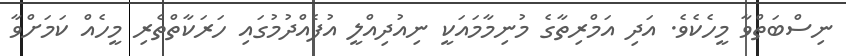
ނިސްބަތްވާ މީހެކެވެ. އަދި އަމްރިތާގެ މުނިމާމައަކީ ނިއުދިއްލީ އުފެއްދުމުގައި ހަރަކާތްތެރި މީހެއް ކަމަށްވާ